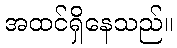
အထင်ရှိနေသည်။